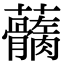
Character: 𧅢